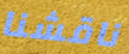
ناقشنا